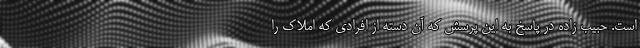
است. حبیب زاده در پاسخ به این پرسش که آن دسته از افرادی که املاک را